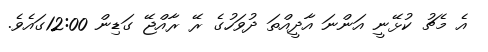
އެ މެޗު ކުޅޭނީ އަންނަ އާދީއްތަ ދުވަހުގެ ރޭ ރާއްޖޭ ގަޑިން 12:00ގައެވެ.